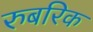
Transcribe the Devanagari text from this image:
रुबरिक